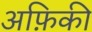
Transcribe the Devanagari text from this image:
अफ़िकी